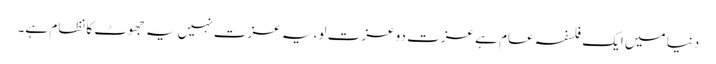
دنیا میں ایک فلسفہ عام ہے عزت دو عزت لو، یہ عزت نہیں یہ جھوٹ کا نظام ہے۔